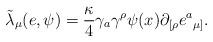
LaTeX: \begin{align*}{\tilde \lambda}_{\mu}(e, \psi) = {\kappa \over 4}\gamma_{a} \gamma^{\rho} \psi(x) \partial_{[\rho} e{^a}_{\mu]}. \end{align*}